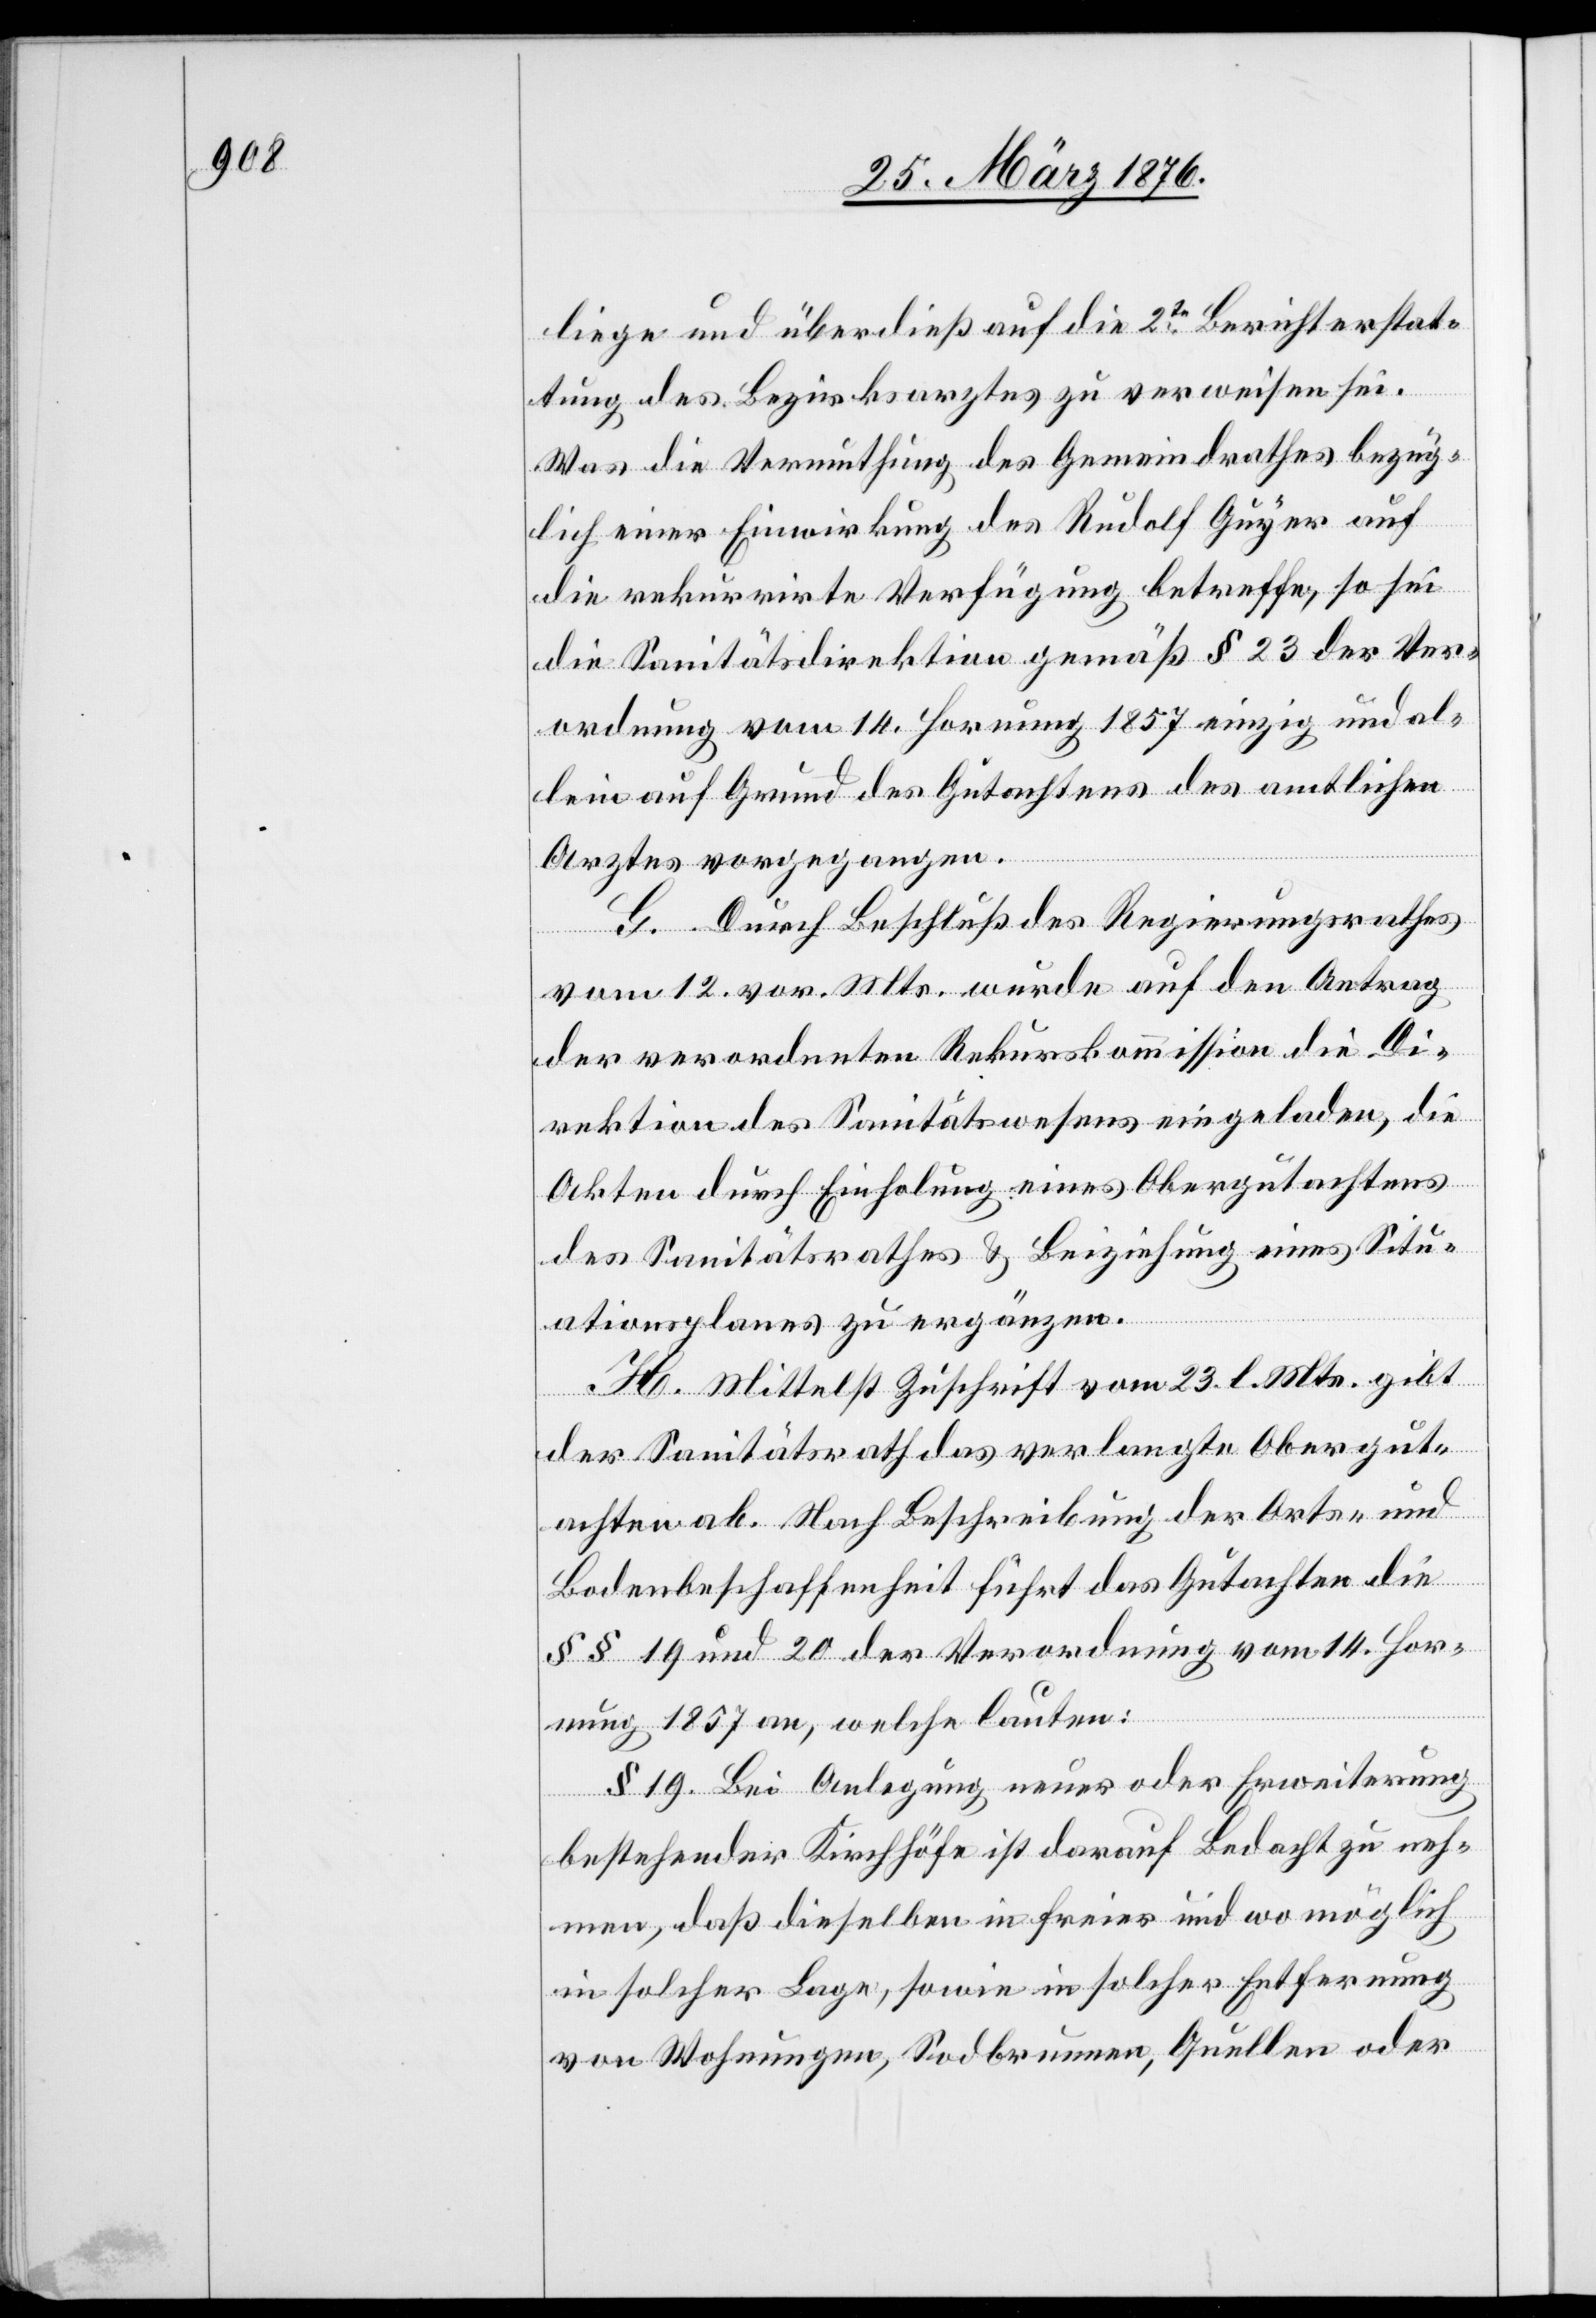
liege und überdieß auf die 2te Berichterstat¬
tung des Bezirksarztes zu verweisen sei.
Was die Vermuthung des Gemeindrathes bezüg¬
lich einer Einwirkung des Rudolf Gyger auf
die rekurrirte Verfügung betreffe, so sei
die Sanitätsdirektion gemäß § 23 der Ver¬
ordnung vom 14. Hornung 1857 einzig und al¬
lein auf Grund des Gutachtens des amtlichen
Arztes vorgegangen.
G. Durch Beschluß des Regierungsrathes
vom 12. vor. Mts. wurde auf den Antrag
der verordneten Rekurskommission die Di¬
rektion des Sanitätswesens eingeladen, die
Akten durch Einholung eines Obergutachtens
des Sanitätsrathes & Beziehung eines Situ¬
ationsplanes zu ergänzen.
H. Mittelst Zuschrift vom 23. l. Mts. gibt
der Sanitätsrath das verlangte Obergut¬
achten ab. Nach Beschreibung der Orts- und
Bodenbeschaffenheit führt das Gutachten die
§§ 19 und 20 der Verordnung vom 14. Hor¬
nung 1857 an, welche lauten:
§ 19. Bei Anlegung neuer oder Erweiterung
bestehender Kirchhöfe ist darauf Bedacht zu neh¬
men, daß dieselben in freier und wo möglich
in solcher Lage, sowie in solcher Entfernung
von Wohnungen, Sodbrunnen, Quellen oder